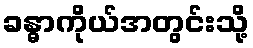
ခန္ဓာကိုယ်အတွင်းသို့